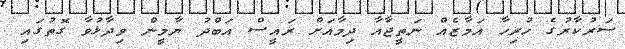
ސަރުކާރުގެ ހުރިހާ އަމާޒެއް ނަތީޖާއާ ދިމާއަށް ރައީސް އަބްދު ޔާމީން ވިދާޅުވާ ގޮތުގައި